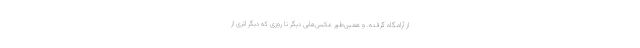
از آرامگاه گرفته. و همین‌طور عکس‌هایی دیگر تا روزی که دیگر اثری از